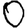
Digit: 0